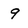
Character: 9